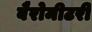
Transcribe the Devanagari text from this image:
बैरोमीटरी